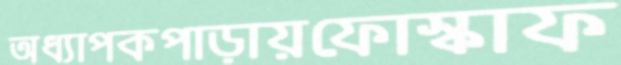
অধ্যাপকপাড়ায়ফোস্কাফ